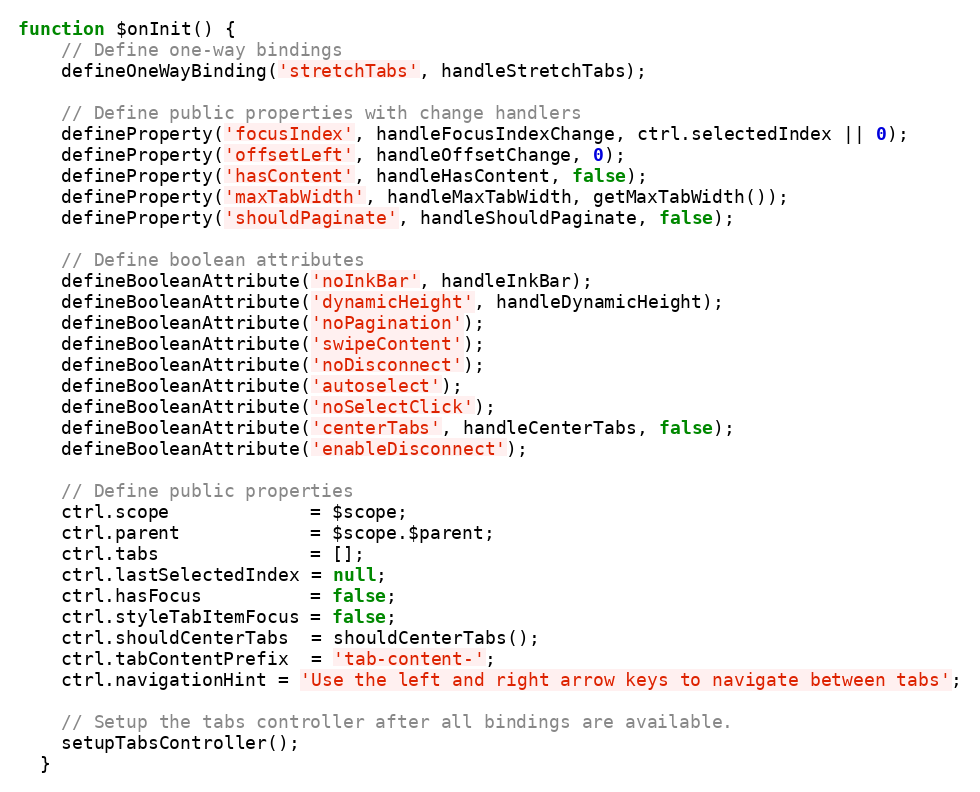
Language: JavaScript
function $onInit() {
    // Define one-way bindings
    defineOneWayBinding('stretchTabs', handleStretchTabs);

    // Define public properties with change handlers
    defineProperty('focusIndex', handleFocusIndexChange, ctrl.selectedIndex || 0);
    defineProperty('offsetLeft', handleOffsetChange, 0);
    defineProperty('hasContent', handleHasContent, false);
    defineProperty('maxTabWidth', handleMaxTabWidth, getMaxTabWidth());
    defineProperty('shouldPaginate', handleShouldPaginate, false);

    // Define boolean attributes
    defineBooleanAttribute('noInkBar', handleInkBar);
    defineBooleanAttribute('dynamicHeight', handleDynamicHeight);
    defineBooleanAttribute('noPagination');
    defineBooleanAttribute('swipeContent');
    defineBooleanAttribute('noDisconnect');
    defineBooleanAttribute('autoselect');
    defineBooleanAttribute('noSelectClick');
    defineBooleanAttribute('centerTabs', handleCenterTabs, false);
    defineBooleanAttribute('enableDisconnect');

    // Define public properties
    ctrl.scope             = $scope;
    ctrl.parent            = $scope.$parent;
    ctrl.tabs              = [];
    ctrl.lastSelectedIndex = null;
    ctrl.hasFocus          = false;
    ctrl.styleTabItemFocus = false;
    ctrl.shouldCenterTabs  = shouldCenterTabs();
    ctrl.tabContentPrefix  = 'tab-content-';
    ctrl.navigationHint = 'Use the left and right arrow keys to navigate between tabs';

    // Setup the tabs controller after all bindings are available.
    setupTabsController();
  }